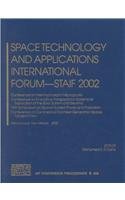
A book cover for Space Technology and Applications International Forum - STAIF 2002: Conference on Thermophysics in Microgravity, Conference on Innovative ... Space Transpor (AIP Conference Proceedings); Science & Math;